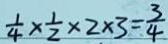
\frac { 1 } { 4 } \times \frac { 1 } { 2 } \times 2 \times 3 = \frac { 3 } { 4 }